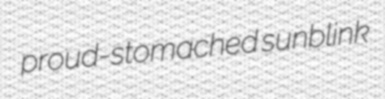
proud-stomached sunblink